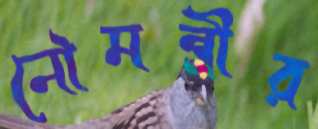
নৌমন্ত্রীর